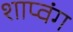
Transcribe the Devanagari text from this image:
शाप्वंग